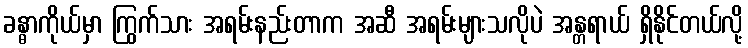
ခန္ဓာကိုယ်မှာ ကြွက်သား အရမ်းနည်းတာက အဆီ အရမ်းများသလိုပဲ အန္တရာယ် ရှိနိုင်တယ်လို့